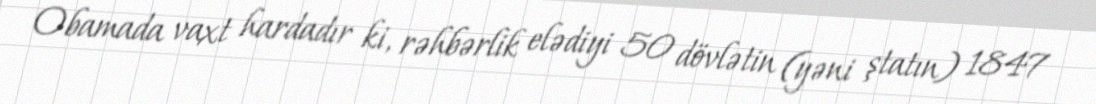
Obamada vaxt hardadır ki, rəhbərlik elədiyi 50 dövlətin (yəni ştatın) 1847